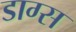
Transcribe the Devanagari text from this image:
डाग्स